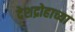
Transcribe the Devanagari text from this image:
देशद्रोहाच्या